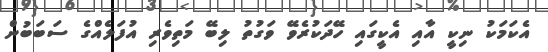
އެކަމަކު ނިކީ އާއި އެކީގައި ހޭދަކުރެވޭ ވަގުތު ލިބޭ މަތިވެރި އުފަލެއްގެ ސަބަބުން